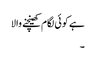
ہے کوئی لگام کھینچنے والا
۔